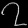
Digit: ၇